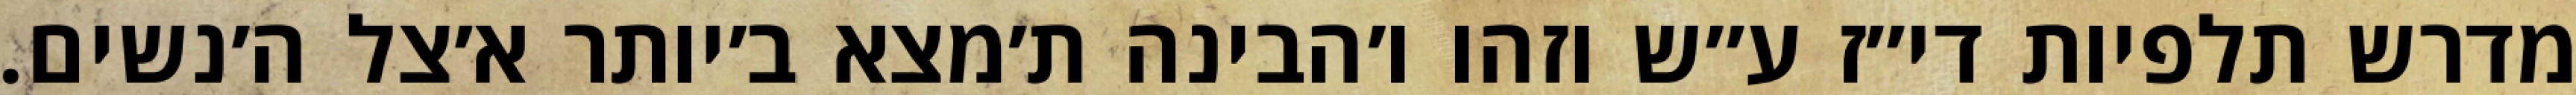
מדרש תלפיות די״ז ע״ש וזהו ו׳הבינה ת׳מצא ב׳יותר א׳צל ה׳נשים.